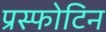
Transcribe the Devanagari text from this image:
प्रस्फोटिन